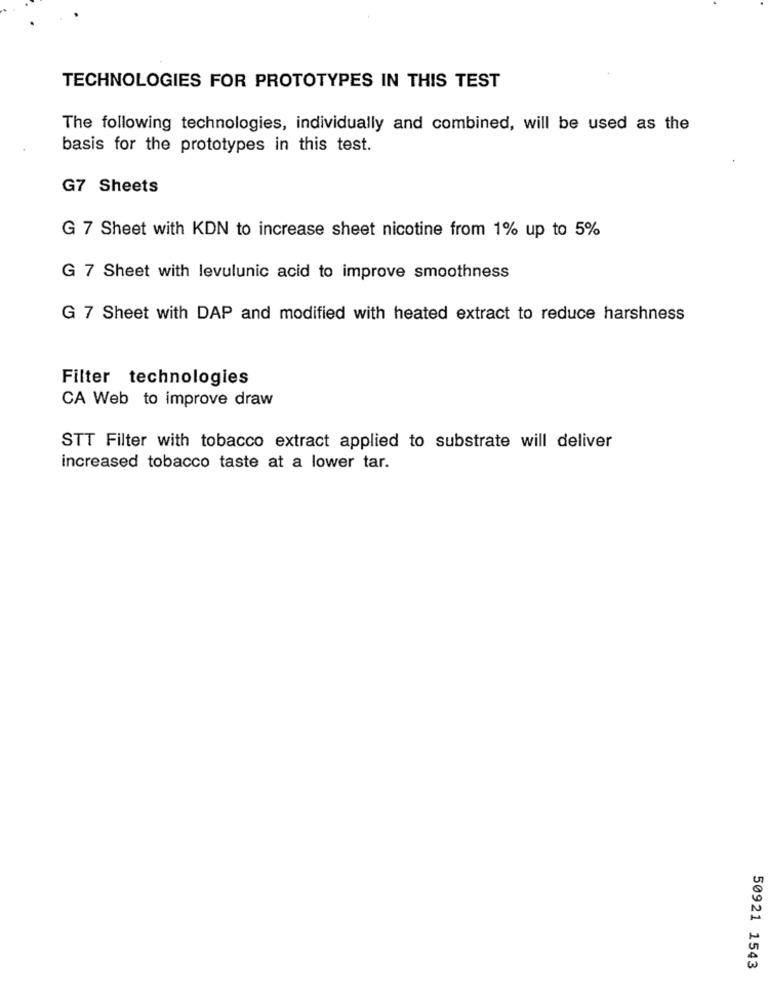
TECHNOLOGIES FOR PROTOTYPES IN THIS TEST
The following technologies, individually and combined, will be used as the
basis for the prototypes in this test.
G7 Sheets
G 7 Sheet with KDN to increase sheet nicotine from 1% up to 5%
G 7 Sheet with levulunic acid to improve smoothness
G 7 Sheet with DAP and modified with heated extract to reduce harshness
Filter technologies
CA Web to improve draw
STT Filter with tobacco extract applied to substrate will deliver
increased tobacco taste at a lower tar.
50921 1543